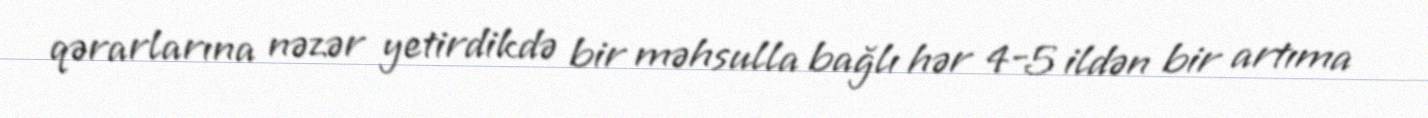
qərarlarına nəzər yetirdikdə bir məhsulla bağlı hər 4-5 ildən bir artıma